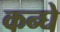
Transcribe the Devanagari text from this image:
कन्घे